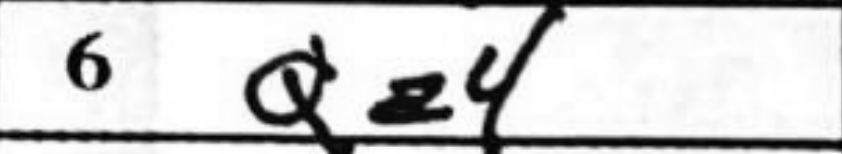
Transcription: Qa4